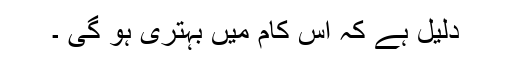
دلیل ہے کہ اس کام میں بہتری ہو گی ۔